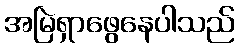
အမြဲရှာဖွေနေပါသည်